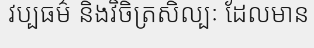
វប្បធម៌ និងវិចិត្រសិល្បៈ ដែលមាន